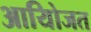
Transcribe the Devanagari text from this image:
आयोिजत